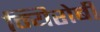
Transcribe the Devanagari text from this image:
न्यिरोबी